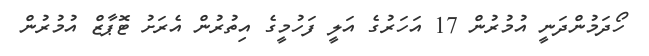
ހޯދަމުންދަނީ އުމުރުން 17 އަހަރުގެ އަލީ ފަހުމީގެ އިތުރުން އެރަށު ޓޮޕާޒް އުމުރުން